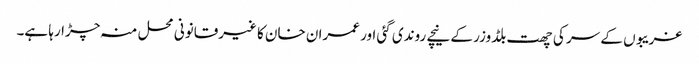
غریبوں کے سر کی چھت بلڈوزر کے نیچے روندی گئی اور عمران خان کا غیرقانونی محل منہ چڑارہا ہے۔